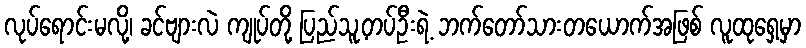
လုပ်ရောင်းမလို့၊ ခင်ဗျားလဲ ကျုပ်တို့ ပြည်သူ့တပ်ဦးရဲ့ ဘက်တော်သားတယောက်အဖြစ် လူထုရှေ့မှာ